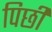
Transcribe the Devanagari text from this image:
पिछी